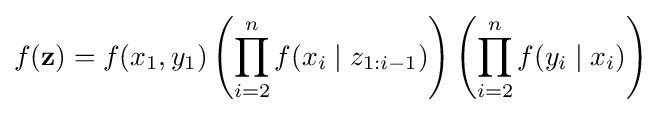
f(\mathbf {z} )=f(x_{1},y_{1})\left(\prod _{i=2}^{n}f(x_{i}\mid z_{1:i-1})\right)\left(\prod _{i=2}^{n}f(y_{i}\mid x_{i})\right)